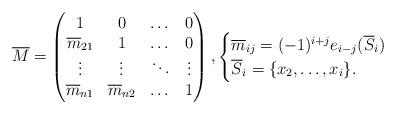
LaTeX: \begin{align*} \overline{M} = \begin{pmatrix} 1&0&\dots&0\\ \overline{m}_{21}&1&\dots &0\\ \vdots &\vdots &\ddots &\vdots\\ \overline{m}_{n1}&\overline{m}_{n2}&\dots &1 \end{pmatrix}, \begin{cases}\overline{m}_{ij} = (-1)^{i+j}e_{i-j}(\overline{S}_i)&\\ \overline{S}_i = \{x_2,\dots,x_i\}.\end{cases} \end{align*}